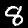
Digit: 8